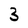
Character: 3